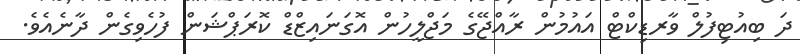
ދަ ބިއުޓިފުލް ވާރޑިކްޓް އައުމުން ރާއްޖޭގެ މަޖްލީހުން އޮގަނަައިޒްޑް ކޮރަޕްޝަން ފުހެވިގެން ދާނެއެވެ.